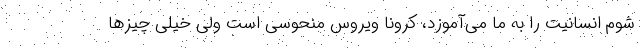
شوم انسانیت را به ما می‌آموزد، کرونا ویروس منحوسی است ولی خیلی چیزها